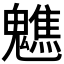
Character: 𩴧